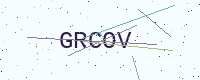
Text: GRCOV